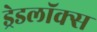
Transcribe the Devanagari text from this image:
ड्रेडलॉक्स